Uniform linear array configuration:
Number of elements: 16
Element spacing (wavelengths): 1
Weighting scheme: exponential
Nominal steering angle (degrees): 15
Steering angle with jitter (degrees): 14.944
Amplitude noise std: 0.05
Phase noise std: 0.05

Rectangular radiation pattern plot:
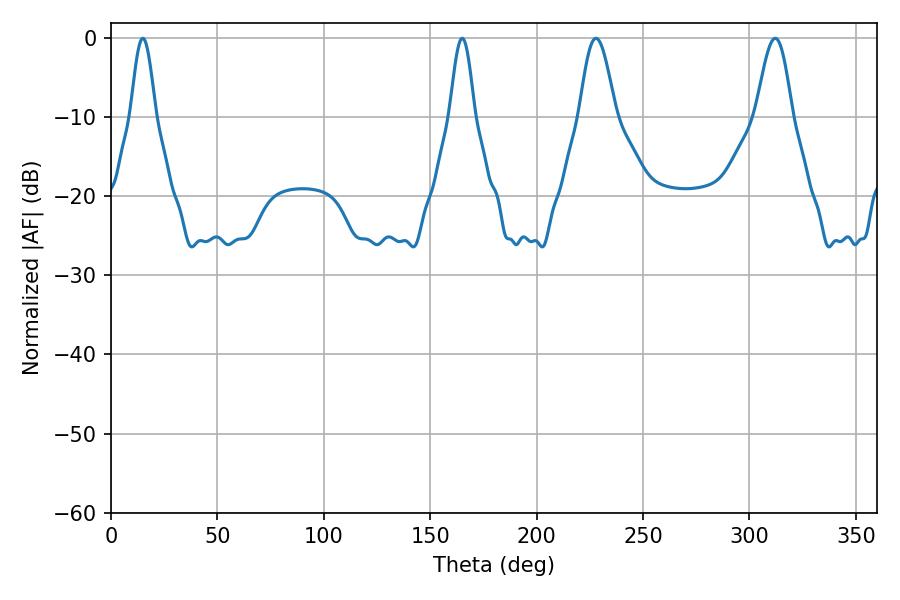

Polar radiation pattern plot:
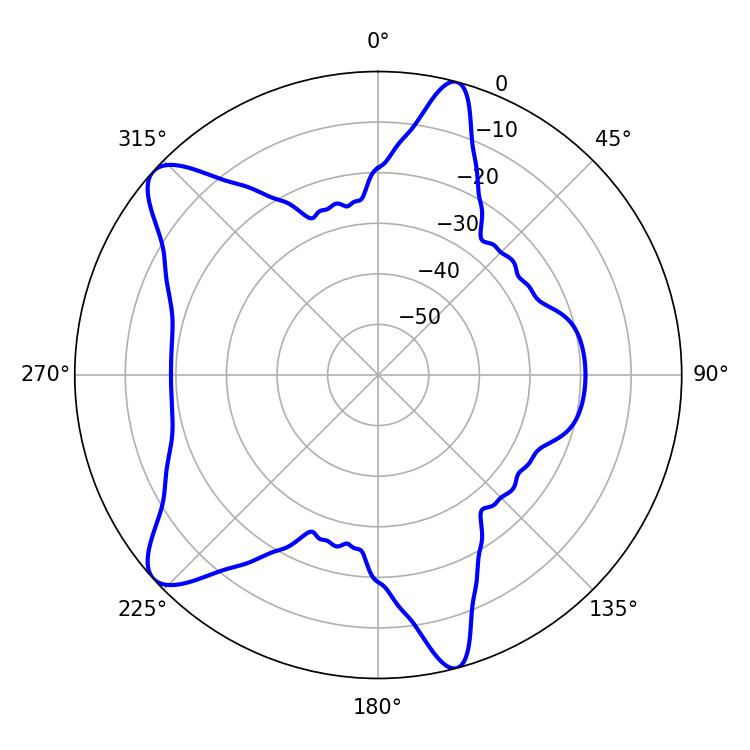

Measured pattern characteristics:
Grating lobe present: TRUE
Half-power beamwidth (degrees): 9
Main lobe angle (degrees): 312.12